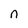
Character: n